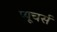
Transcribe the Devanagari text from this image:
प्यूचर्स